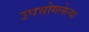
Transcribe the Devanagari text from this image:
उपभोगलेल्या